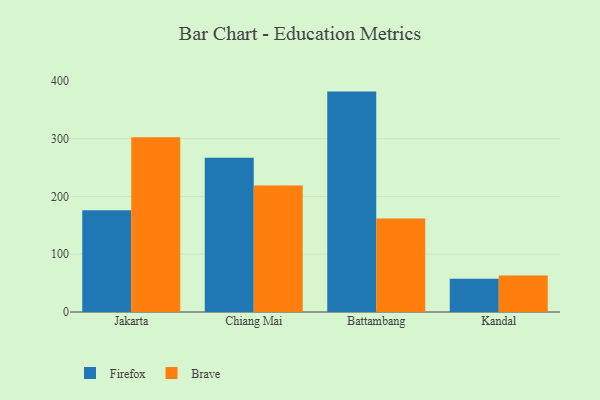
{"axis": {"x": "City", "y": "Tickets Resolved"}, "legend": ["Brave", "Firefox"], "data": [{"x": "Jakarta", "y": 176.1, "type": "Firefox"}, {"x": "Jakarta", "y": 302.4, "type": "Brave"}, {"x": "Chiang Mai", "y": 267.0, "type": "Firefox"}, {"x": "Chiang Mai", "y": 218.7, "type": "Brave"}, {"x": "Battambang", "y": 381.4, "type": "Firefox"}, {"x": "Battambang", "y": 162.0, "type": "Brave"}, {"x": "Kandal", "y": 57.6, "type": "Firefox"}, {"x": "Kandal", "y": 63.3, "type": "Brave"}]}